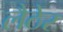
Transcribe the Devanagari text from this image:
लैठेर